King Institute of Preventive Medicine Micro-Biological Section reports 1909-11
Year: 1909
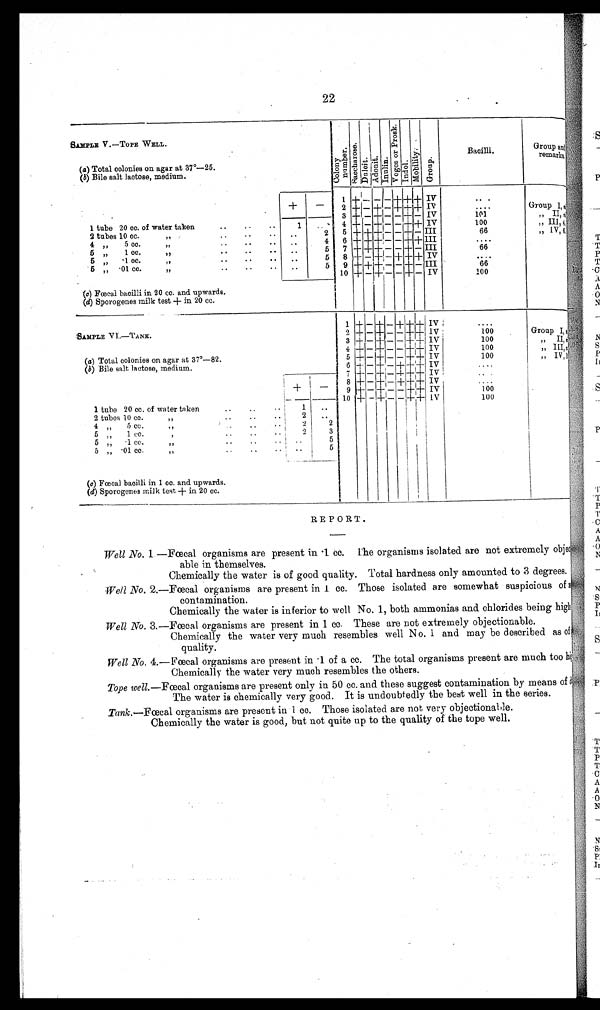
22
SAMPLE V . —TOPE WELL.
C o l o n t N u m b e r
Sac charose Dul ci t
it
• I n u l i n
V o g e s o r P r o s k
c
1
I ndol .
Mo b i l i t y .
Gr oup
Bacilli.
Gr
roup and,
remarks
'
(a) Total colonies on agar at 37°—25.
(b) Bile salt lactose, medium.
+
—
1 +
— —
—
+ + + IV
. • •
2 + — + — + +
++ IV
• • • -
Group 1,1
3 + — +
—
— + — IV
101
,, II, t
1 tube 20 cc. of water taken
..
..
..
1
. . 4 + —
—
— + + IV
100
„ III, 4
2 tubes 10 cc.
,,
.•
• •
• •
..
2 5
+ + + — — + — III
66
„ IV,6
4 „
5 cc.
„
..
..
..
,..,
4 6
+ + +
— —
+ +
III
• . .
5 „
1 cc.
• •
..
..
.•
5 7 + + + d-,— — + — III
66
5 „ • 1 cc.
:,
••
..
..
. .
5 8 +
—
+
—
+ + + IV
• • . •
5 „ • 01 cc.
,
..
..
..
..
5 9 + + +
— —
+
—
III
66
10 + — + — — + — IV
100
(c) Foecal bacilli in 20 cc. and upwards.
(d) Sporogenes milk test + in 20 cc.
1 + —
+ — +
+
+ IV
. . . .
.
SAMPLE V] .—TA NK.
2 + — + — — + + IV
100
Group I,,
3
+ — + — — + + IV
100
,, II,,
4 + — + — — +1+ + IV
100
„ III,,
(a) Total colonies on agar at 37°—82.
5 + — + — — + + IV
100
„ IV,1
(b) Bile salt lactose, medium.
6 + — + — + + +
I V
7
+ — +
— + + + IV ,
• •
8 + — +
—
+
+
+ IV ,
....
9
+
—
+ — — + + IV '
100
1 0 +
—
+
— —
+ + IV
100
1 tube 20 cc. of water taken
..
..
1
..
2 tubes 10 cc
.
. .
• .
2
4 „
5 cc.
2
„
1 cc.
,
..
..
2
3
I
5 „ • 1 cc.
..
..
..
5
5 „ •01 cc.
..
..
5 1
(c) Foecal bacilli in 1 cc. and upwards.
(d) Sporogenea milk test + in 20 cc.
REPORT.
Well No. 1.—Foecal organisms are present in • 1 cc.
The organisms isolated are not extremely objec
able in themselves.
Chemically the water is of good quality. Total hardness only amounted to 3 degrees.
Well No. 2.—Foecal organisms are present in 1 cc. Those isolated are somewhat suspicious of
contamination.
Chemically the water is inferior to well No. 1, both ammonias and chlorides being high
Well No. 3.—Foecal organisms are present in 1 cc. These are not extremely objectionable
Chemically the water very much resembles well No. 1 and may be described as of
quality.
Well No. 4.—Foecal organisms aro present in • 1 of a cc. The total organisms present are much too him
Chemically the water very much resembles the others.
Tope well.—Foecal organisms are present only in 50 cc. and these suggest contamination by means of d
The water is chemically very good. It is undoubtedly the best well in the series.
Tank.—Foecal organisms are present in 1 cc. Those isolated are not very objectionable.
Chemically the water is good, but not quite up to the quality of the tope well.